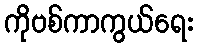
ကိုဗစ်ကာကွယ်ရေး